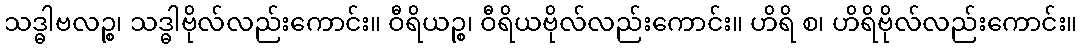
သဒ္ဓါဗလဉ္စ၊ သဒ္ဓါဗိုလ်လည်းကောင်း။ ဝီရိယဉ္စ၊ ဝီရိယဗိုလ်လည်းကောင်း။ ဟိရိ စ၊ ဟိရိဗိုလ်လည်းကောင်း။